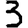
Digit: 3